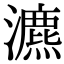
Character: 瀌